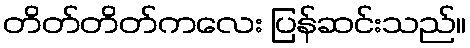
တိတ်တိတ်ကလေး ပြန်ဆင်းသည်။